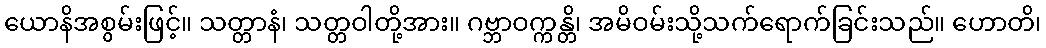
ယောနိအစွမ်းဖြင့်။ သတ္တာနံ၊ သတ္တဝါတို့အား။ ဂဗ္ဘာဝက္ကန္တိ၊ အမိဝမ်းသို့သက်ရောက်ခြင်းသည်။ ဟောတိ၊